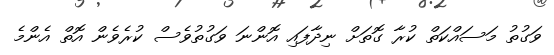
ވަގުތު މަސައްކަތް ކުރާ ގޮތަށް ނިދާފައި އޮންނަ ވަގުތުވެސް ކުރެވެން އޮތް އެންމެ